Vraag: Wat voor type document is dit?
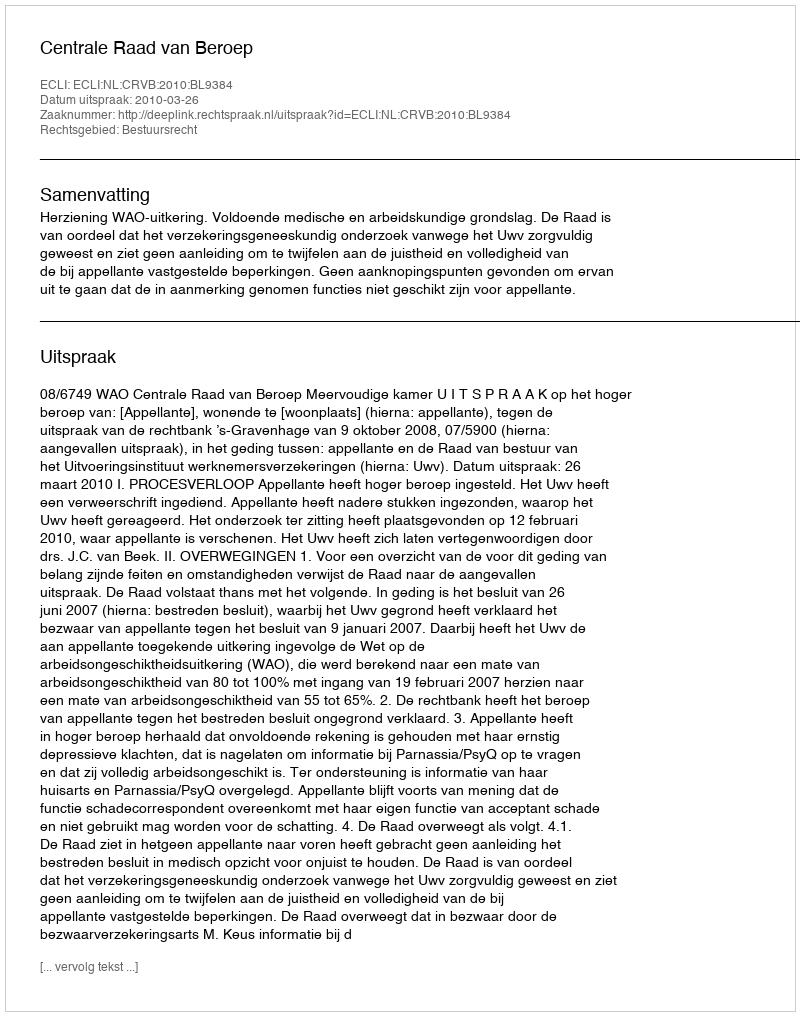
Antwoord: Uitspraak